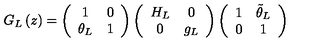
G _ { L } \left( z \right) = \left( \begin{array} { c c } { 1 } & { 0 } \\ { \theta _ { L } } & { 1 } \\ \end{array} \right) \left( \begin{array} { c c } { H _ { L } } & { 0 } \\ { 0 } & { g _ { L } } \\ \end{array} \right) \left( \begin{array} { c c } { 1 } & { \tilde { \theta } _ { L } } \\ { 0 } & { 1 } \\ \end{array} \right)